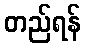
တည်ရန်